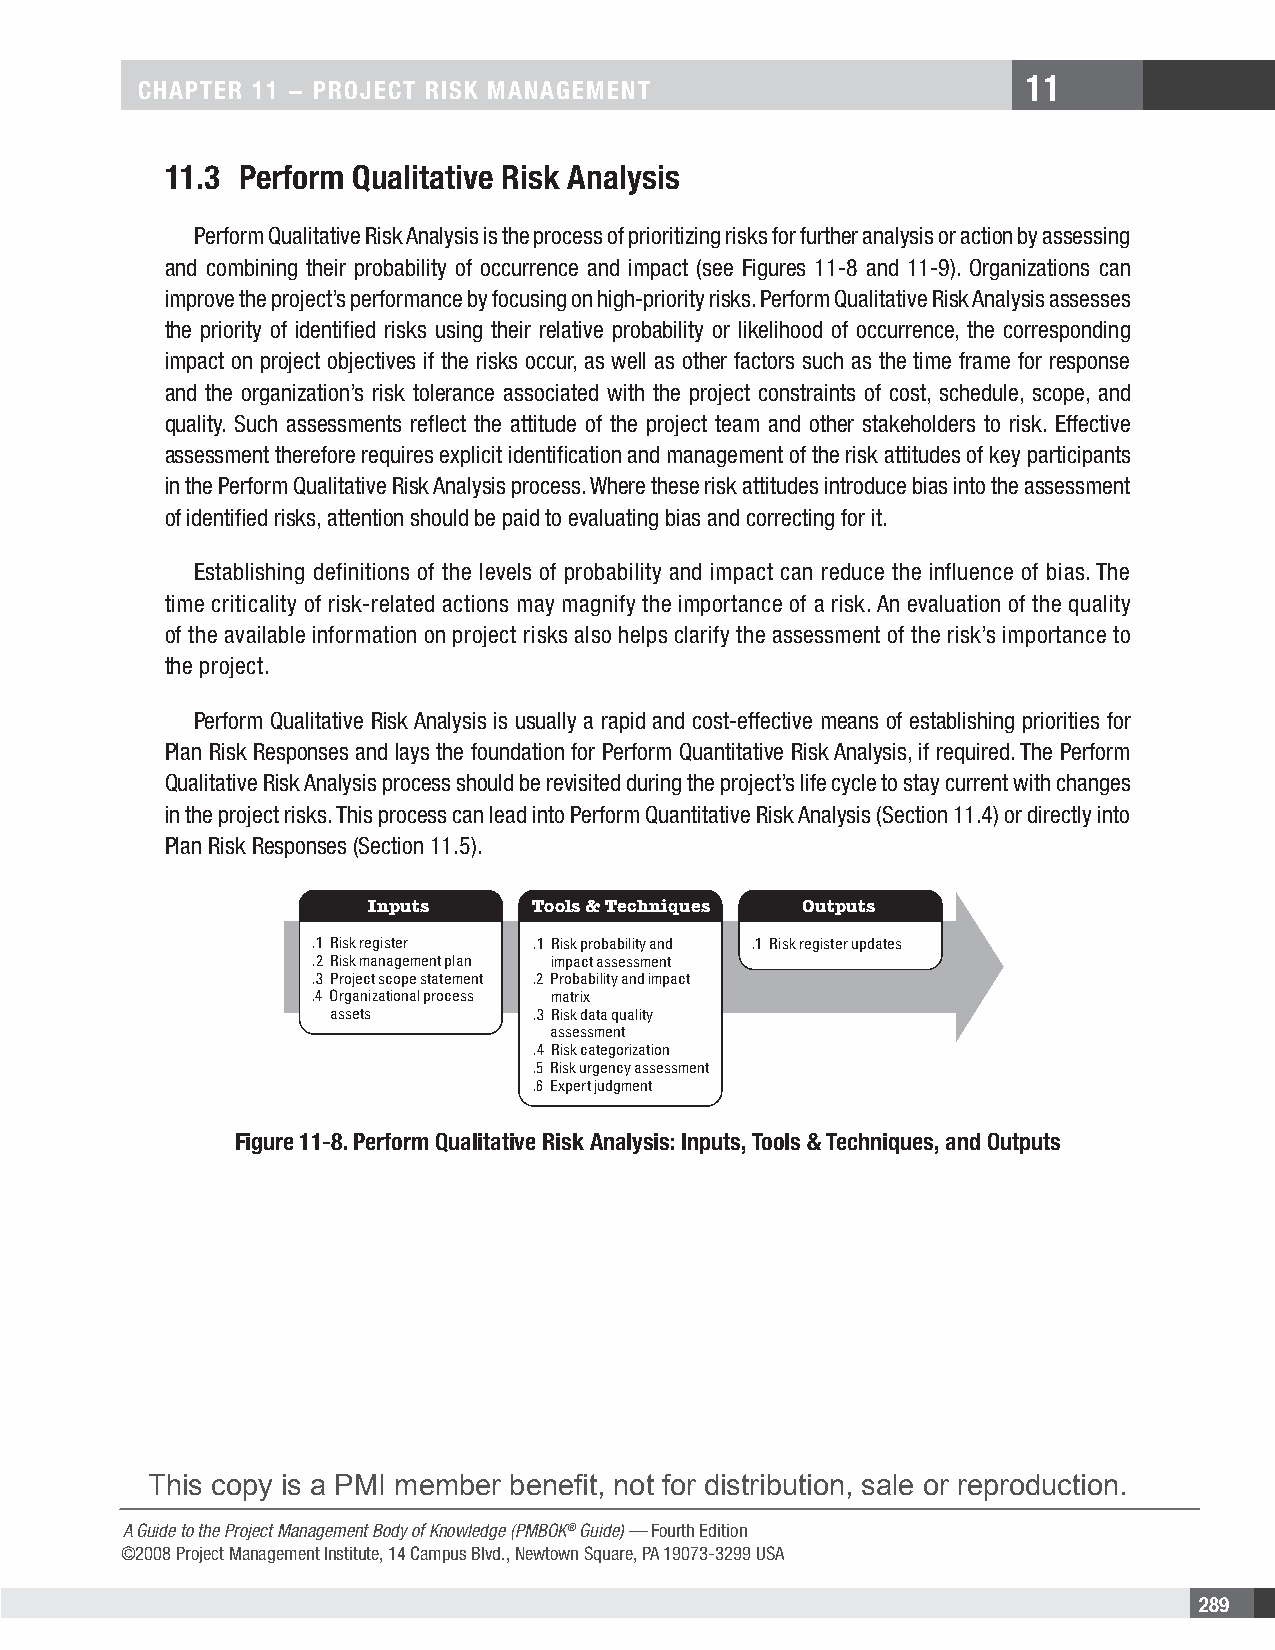
11
 CHAPTER 11 − PROjECT RIsk MAnAgEMEnT
 11.3 Perform Qualitative Risk Analysis
 Perform Qualitative Risk Analysis is the process of prioritizing risks for further analysis or action by assessing
 and combining their probability of occurrence and impact (see Figures 11-8 and 11-9). Organizations can
 improve the project’s performance by focusing on high-priority risks. Perform Qualitative Risk Analysis assesses
 the priority of identified risks using their relative probability or likelihood of occurrence, the corresponding
 impact on project objectives if the risks occur, as well as other factors such as the time frame for response
 and the organization’s risk tolerance associated with the project constraints of cost, schedule, scope, and
 quality. Such assessments reflect the attitude of the project team and other stakeholders to risk. Effective
 assessment therefore requires explicit identification and management of the risk attitudes of key participants
 in the Perform Qualitative Risk Analysis process. Where these risk attitudes introduce bias into the assessment
 of identified risks, attention should be paid to evaluating bias and correcting for it.
 Establishing definitions of the levels of probability and impact can reduce the influence of bias. The
 time criticality of risk-related actions may magnify the importance of a risk. An evaluation of the quality
 of the available information on project risks also helps clarify the assessment of the risk’s importance to
 the project.
 Perform Qualitative Risk Analysis is usually a rapid and cost-effective means of establishing priorities for
 Plan Risk Responses and lays the foundation for Perform Quantitative Risk Analysis, if required. The Perform
 Qualitative Risk Analysis process should be revisited during the project’s life cycle to stay current with changes
 in the project risks. This process can lead into Perform Quantitative Risk Analysis (Section 11.4) or directly into
 Plan Risk Responses (Section 11.5).
 Inputs    Tools & Techniques Outputs
 .1 Risk register .1 Risk probability and .1 Risk register updates
 .2 Risk management plan impact assessment
 .3 Project scope statement .2 Probability and impact
 .4 Organizational process matrix
 assets       .3 Risk data quality
 assessment
 .4 Risk categorization
 .5 Risk urgency assessment
 .6 Expert judgment
 Figure 11-8. Perform Qualitative Risk Analysis: Inputs, Tools & Techniques, and Outputs
 This copy is a PMI member benefit, not for distribution, sale or reproduction.
 A Guide to the Project Management Body of Knowledge (PMBOK® Guide) — Fourth Edition
 ©2008 Project Management Institute, 14 Campus Blvd., Newtown Square, PA 19073-3299 USA
 289